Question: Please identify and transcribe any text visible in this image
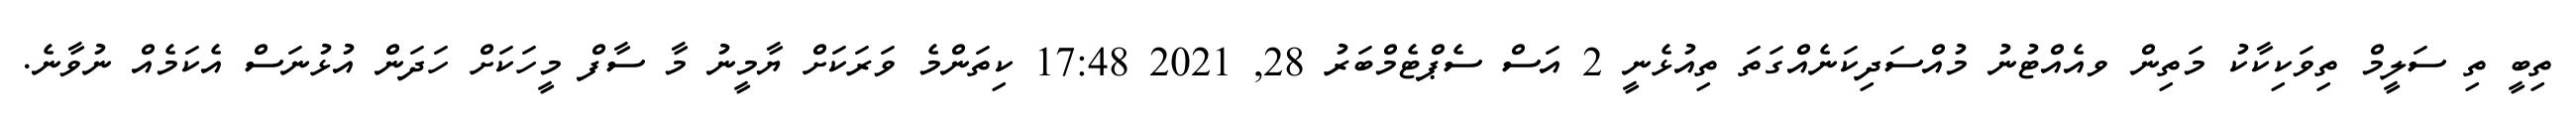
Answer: ތިބީ ތި ސަލީމް ތިވަކިކާކު މަތިން ވއެއްޓުނު މުއްސަދިކަނެއްގަތަ ތިއުޅެނީ 2 އަސް ސެޕްޓެމްބަރު 28, 2021 17:48 ކިތަންމެ ވަރަކަށް ޔާމީނު މާ ސާފް މީހަކަށް ހަދަން އުޅުނަސް އެކަމެއް ނުވާނެ.